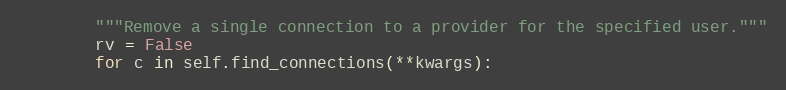
Language: Python
        """Remove a single connection to a provider for the specified user."""
        rv = False
        for c in self.find_connections(**kwargs):